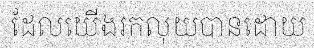
ដែលយើងរកលុយបានដោយ